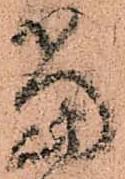
當